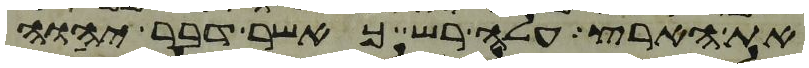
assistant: את הארץ עלה רש כאשר דבר יהוה